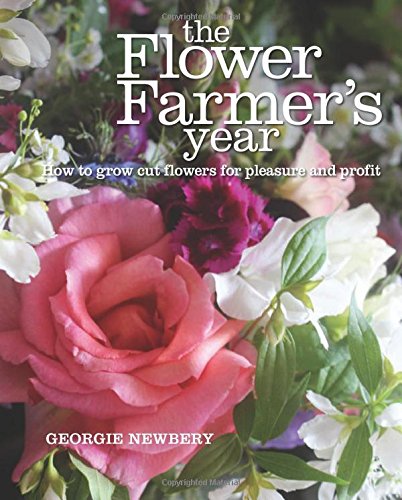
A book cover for The Flower Farmer's Year: How to Grow Cut Flowers for Pleasure and Profit; Georgie Newbery; Crafts, Hobbies & Home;